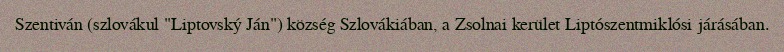
Szentiván (szlovákul "Liptovský Ján") község Szlovákiában, a Zsolnai kerület Liptószentmiklósi járásában.